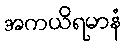
အကယိရမာနံ